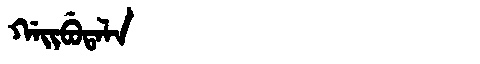
Manchu: ᡤᠠᡳᠪᡠᡨᠠᠯᠠ
Romanization: GAIBUTALA